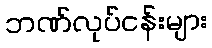
ဘဏ်လုပ်ငန်းများ